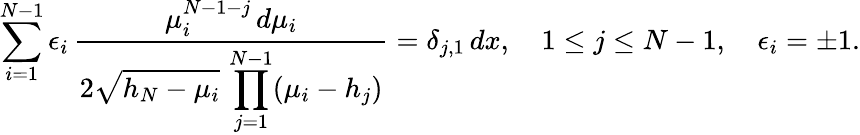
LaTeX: \sum_{i=1}^{N-1}\epsilon_{i}\, {\frac{\mu_{i}^{N-1-j}\, d\mu_{i}}{\displaystyle 2\sqrt{h_{N}-\mu_{i}}\, \prod_{j=1}^{N-1}(\mu_{i}-h_{j})}}=\delta_{j,1}\, dx,\quad 1\leq j\leq N-1,\quad\epsilon_{i}=\pm 1.